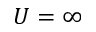
U = \infty